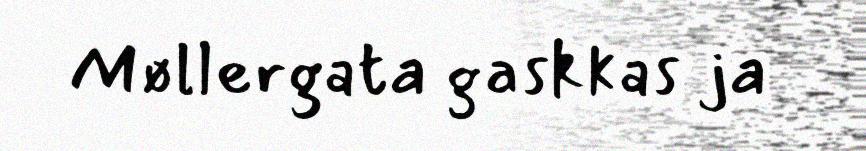
Møllergata gaskkas ja